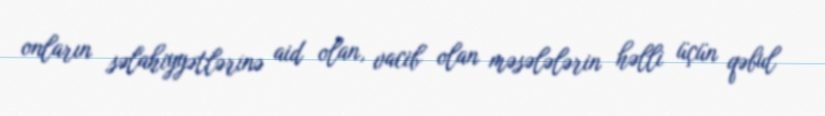
onların səlahiyyətlərinə aid olan, vacib olan məsələlərin həlli üçün qəbul